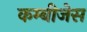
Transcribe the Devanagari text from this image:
कम्बीजेस